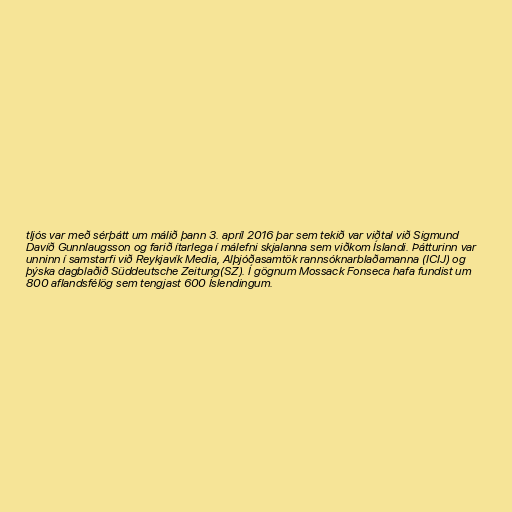
tljós var með sérþátt um málið þann 3. apríl 2016 þar sem tekið var viðtal við Sigmund
Davíð Gunnlaugsson og farið ítarlega í málefni skjalanna sem viðkom Íslandi. Þátturinn var
unninn í samstarfi við Reykjavík Media, Alþjóðasamtök rannsóknarblaðamanna (ICIJ) og
þýska dagblaðið Süddeutsche Zeitung(SZ). Í gögnum Mossack Fonseca hafa fundist um
800 aflandsfélög sem tengjast 600 Íslendingum.